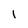
Character: l